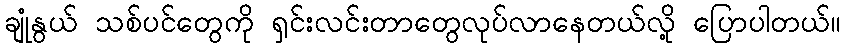
ချုံနွယ် သစ်ပင်တွေကို ရှင်းလင်းတာတွေလုပ်လာနေတယ်လို့ ပြောပါတယ်။